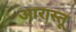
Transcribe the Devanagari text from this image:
आरास्तू